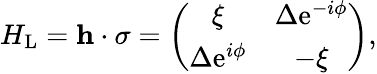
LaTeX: \begin{array}{r}{H_{\mathrm{L}}={\mathbf h}\cdot{\mathbf\sigma}=\left(\begin{array}{cc}{\xi}&{\Delta\mathrm{e}^{-i\phi}}\\ {\Delta\mathrm{e}^{i\phi}}&{-\xi}\end{array}\right),}\end{array}